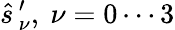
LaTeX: \widehat{s}\, _{\nu}^{\prime},~\nu=0\cdots 3